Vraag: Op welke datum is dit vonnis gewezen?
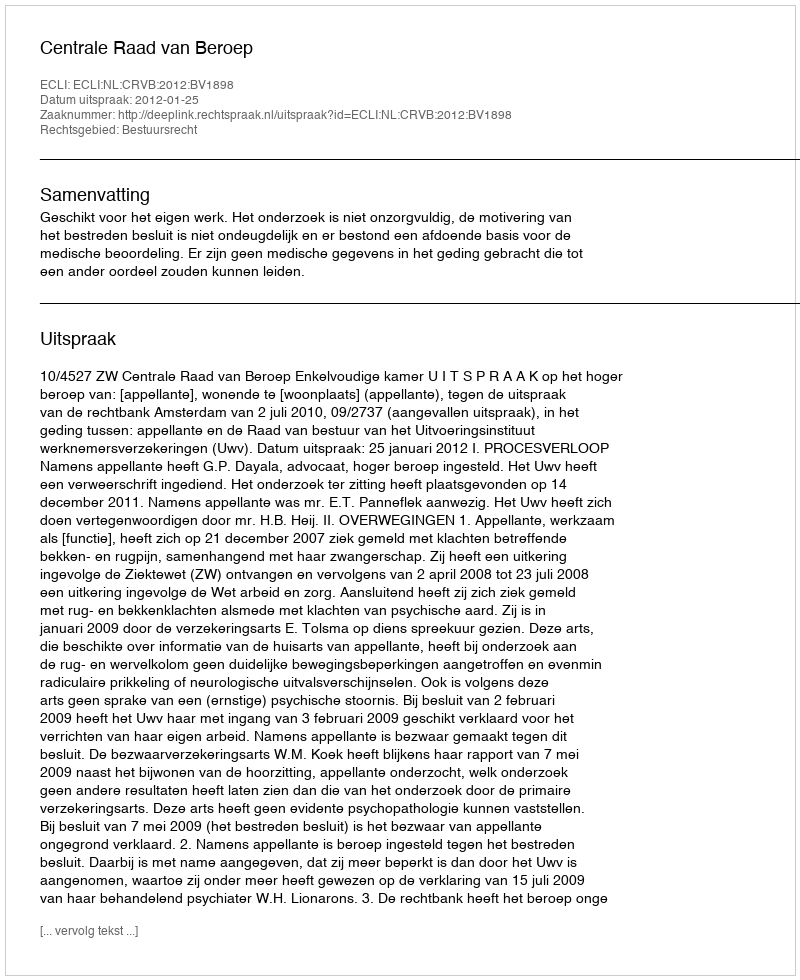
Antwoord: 2012-01-25